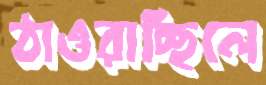
ঠাওরাচ্ছিলে